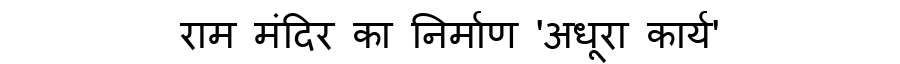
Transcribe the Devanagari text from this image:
राम मंदिर का निर्माण 'अधूरा कार्य'